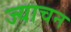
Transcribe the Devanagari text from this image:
ज्याचन